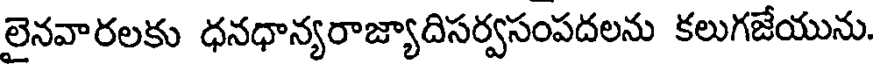
లైనవారలకు ధనధాన్యరాజ్యాదిసర్వసంపదలను కలుగజేయును.